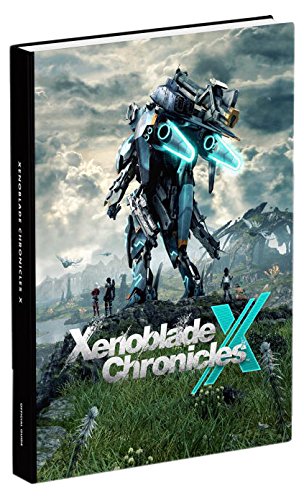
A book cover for Xenoblade Chronicles X Collector's Edition Guide; Prima Games; Humor & Entertainment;